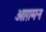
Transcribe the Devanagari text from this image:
आग़मन